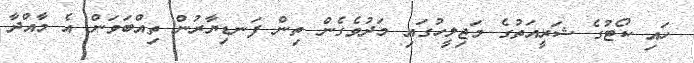
ހައި ކޯޓުގެ ޝަރީއަތުގެ މަޖިލީހުގައި މަދުވެގެން ތިން ފަނޑިޔާރުން ތިއްބަވަން އެ މާއްދާ